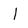
Character: 1